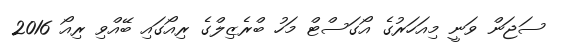
ސަޖަން ވަނީ މިއަހަރުގެ އޯގަސްޓް މަހު ބްރެޒިލްގެ ރިއޯގައި ބޭއްވި ރިއޯ 2016